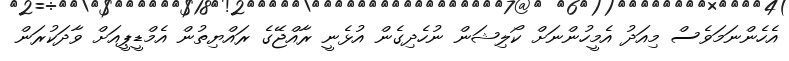
އެހެންނަމަވެސް މިއަދު އެމީހުންނަށް ކޯލިޝަން ނުހެދިގެން އުޅެނީ ރާއްޖޭގެ ރައްޔިތުން އެމްޑީޕީއަށް ވާދަކުރަން